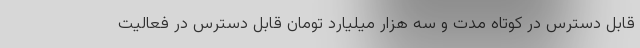
قابل دسترس در کوتاه مدت و سه هزار میلیارد تومان قابل دسترس در فعالیت